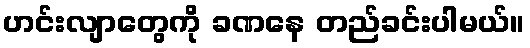
ဟင်းလျာတွေကို ခဏနေ တည်ခင်းပါမယ်။